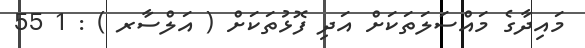
މައިދާގެ މައްސަލަތަކަށް އަދި ފޮޅުތަކަށް ( އަލްސާރ ) : 1 55